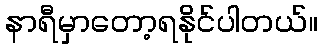
နာရီမှာတော့ရနိုင်ပါတယ်။